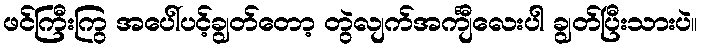
ဖင်ကြီးကြွ အပေါ်ပင့်ချွတ်တော့ တွဲလျက်အင်္ကျီလေးပါ ချွတ်ပြီးသားပဲ။